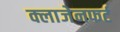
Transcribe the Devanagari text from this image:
क्लाजेनफर्ट